Vaccination Hyderabad 1890-1903 - 1890-1903
Year: 1890
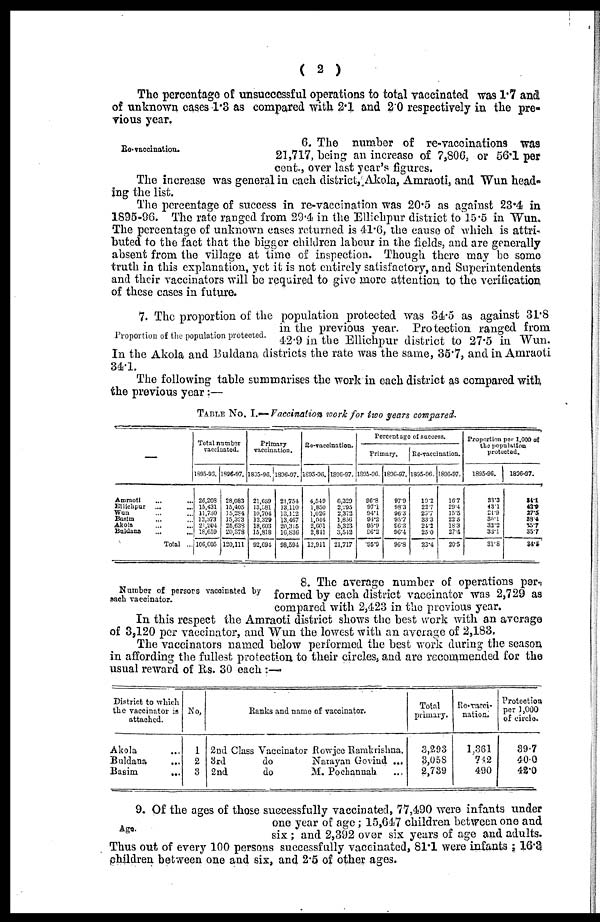
( 2 )
The percentage of unsuccessful operations to total vaccinated was 1.7 and
of unknown cases 1.3 as compared with 2.1 and 2.0 respectively in the pre-
vious year.
Re-vaccination.
6. The number of re-vaccination was
21,717, being an increase of 7,806, or 56.1 per
cent., over last year's figures.
The increase was general in each district, Akola, Amraoti, and Wun head-
ing the list.
The percentage of success in re-vaccination was 20.5 as against 23.4 in
1895-96. The rate ranged from 29.4 in the Ellichpur district to 15.5 in Wun.
The percentage of unknown cases returned is 41.6, the cause of which is attri¬
buted to the fact that the bigger children labour in the fields, and are generally
absent from the village at time of inspection. Though there may be some
truth in this explanation, yet it is not entirely satisfactory, and Superintendents
and their vaccinators will be required to give more attention to the verification
of these cases in future.
Proportion of the population protected.
7. The proportion of the population protected was 34.5 as against 31.8
in the previous year. Protection ranged from
42.9 in the Ellichpur district to 27.5 in Wun.
In the Akola and Buldana districts the rate was the same, 35.7, and in Amraoti
34.1.
The following table summarises the work in each district as compared with
the previous year:—
TABLE No. I.— Vaccination work for two years compared.
—
Amraoti
...
...
Ellichpur ... ...
Wun ... ...
Basim ... ...
Akola ... ...
Buldana ... ...
Total ...
Total number
vaccinated.
1895-93.
26,203
15,431
11,730
13,373
21,204
18,659
106,005
1896-97.
28,083
15,431
15,284
15,323
25,638
20,378
120,111
Primary
vaccination.
1895-96.
21,659
13,581 10,704 12,329 18,603 15,818
92,694
1896-97.
21,754 13,110
13,112
13,467
20,315
16,836
98,594
Re-vaccination.
1895-96.
4,549
1,850
1,026
1,044
2,601
2,841
13,911
1896-97.
6,329
2,295
2,373
1,856
5,323
3,542
21,717
Percentage of success.
Primary.
1895-96.
96.8
97.1
94.1
94.2
95.9
96.2
95.9
1896-97.
97.9
98.3
96.3
95.7
96.3
96.4
96.8
Re-vaccination.
1895-96.
19.2
22.7
26.7
33.3
24.2
25.0
23.4
1896-97.
16.7
29.4
15.5
22.5
18.3
27.4
20.5
Proportion par 1,000 of
the population
protected.
1895-96.
33.3
43.1
21.9
30.1
32.2
33.1
31.8
1896-97.
24.1
42.9
27.5
38.4
35.7
35.7
34.5
Number of persons vaccinated by
each vaccinator.
8. The average number of operations per¬
formed by each district vaccinator was 2,729 as
compared with 2,423 in the previous year.
In this respect the Amraoti district shows the best work with an average
of 3,120 per vaccinator, and Wun the lowest with an average of 2,183.
The vaccinators named below performed the best work during the season
in affording the fullest protection to their circles, and are recommended for the
usual reward of Rs. 30 each :—
District to which
the vaccinator is
attached.
Akola ...
Buldana ...
Basim
...
No.
1
2
3
Baraks and name of vaccinator.
2nd Class Vaccinator Rowjec Ramkrishna.
3rd
do
Natayan Govind ...
2nd
do
M. Pochannah ...
Total
primary.
3,293
3,058
2,739
Re-vacci-
nation.
1,361
742
490
Protection
per 1,000
of circle.
39.7
40.0
42.0
Age.
9. Of the ages of those successfully vaccinated, 77,490 were infants under
one year of age; 15,647 children between one and
six ; and 2,392 over six years of age and adults.
Thus out of every 100 persons successfully vaccinated, 81.1 were infants ; 16.3
children between one and six, and 2.5 of other ages.